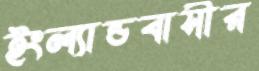
ইংল্যান্ডবাসীর